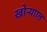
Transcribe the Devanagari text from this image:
खोऱ्याात